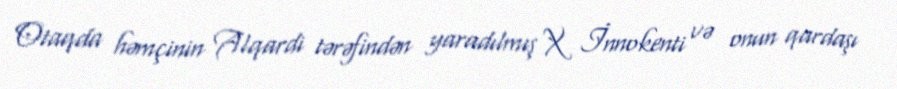
Otaqda həmçinin Alqardi tərəfindən yaradılmış X İnnokenti və onun qardaşı